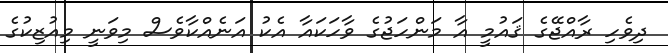
ދިވެހި ރާއްޖޭގެ ޤައުމީ އާ މަންހަޖުގެ ވާހަކައާ އެކު އަނެއްކާވެސް މިވަނީ މިއުޒިކުގެ